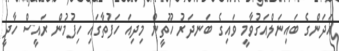
އަދަންގެ ބައިނަލްއަގުވާމީ ވައިގެ ބަނދަރު ހޫތީން މިދިއަ ހަފުތާގައި ހިފުމުން ރައީސް ހާދީ